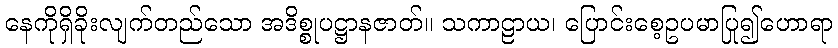
နေကိုရှိခိုးလျက်တည်သော အဒိစ္စုပဋ္ဌာနဇာတ်။ သကာဠာယ၊ ပြောင်းစေ့ဥပမာပြု၍ဟောရာ